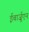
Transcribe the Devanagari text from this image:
ईबार्ज़ुएन